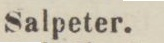
Salpeter.